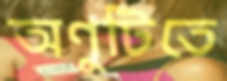
অণুটিতে